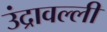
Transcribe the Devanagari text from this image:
उंद्रावल्ली